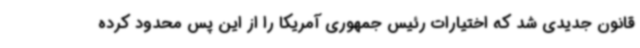
قانون جدیدی شد که اختیارات رئیس جمهوری آمریکا را از این پس محدود کرده